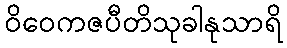
ဝိဝေကဇပီတိသုခါနုသာရိ